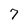
Character: 7